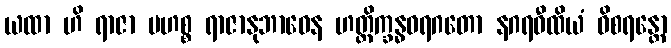
ယထာ ဟိ ရာဇာ မဟစ္စ ရာဇာနုဘာဝေန ဟတ္ထိက္ခန္ဓဝရဂတော နဂရဝီထိယံ ဝိစရန္တော